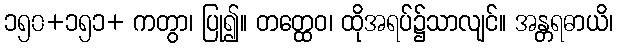
၁၅၀+၁၅၁+ ကတွာ၊ ပြု၍။ တတ္ထေဝ၊ ထိုအရပ်၌သာလျင်။ အန္တရဓာယိ၊